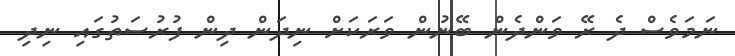
ނަމަވެސް ދެ ރޭ ވަންދެން ބޭނުން ވަރަކަށް ނިދަން ދިން ފުރުސަތުގައި ނިދި